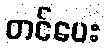
တင်ပေး